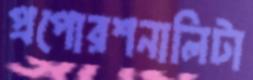
প্রপোরশনালিটা